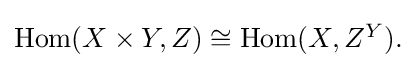
{\textstyle \mathrm {Hom} (X\times Y,Z)\cong \mathrm {Hom} (X,Z^{Y}).}